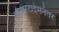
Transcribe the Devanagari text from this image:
ओव्हरटाईमनंतर